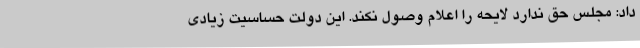
داد: مجلس حق ندارد لایحه را اعلام وصول نکند. این دولت حساسیت زیادی